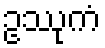
ဥဿုကံ